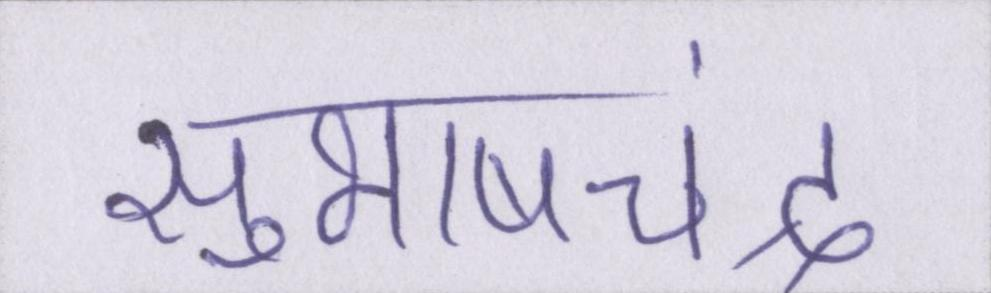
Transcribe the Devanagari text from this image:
सुभाषचंद्र